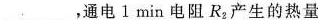
___，通电1min电阻R_{2}产生的热量